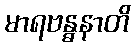
မာရဗန္ဓနာတိ